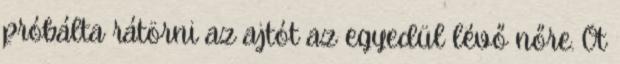
próbálta rátörni az ajtót az egyedül lévő nőre. Öt